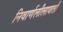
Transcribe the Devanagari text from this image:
निवार्णलीलावती